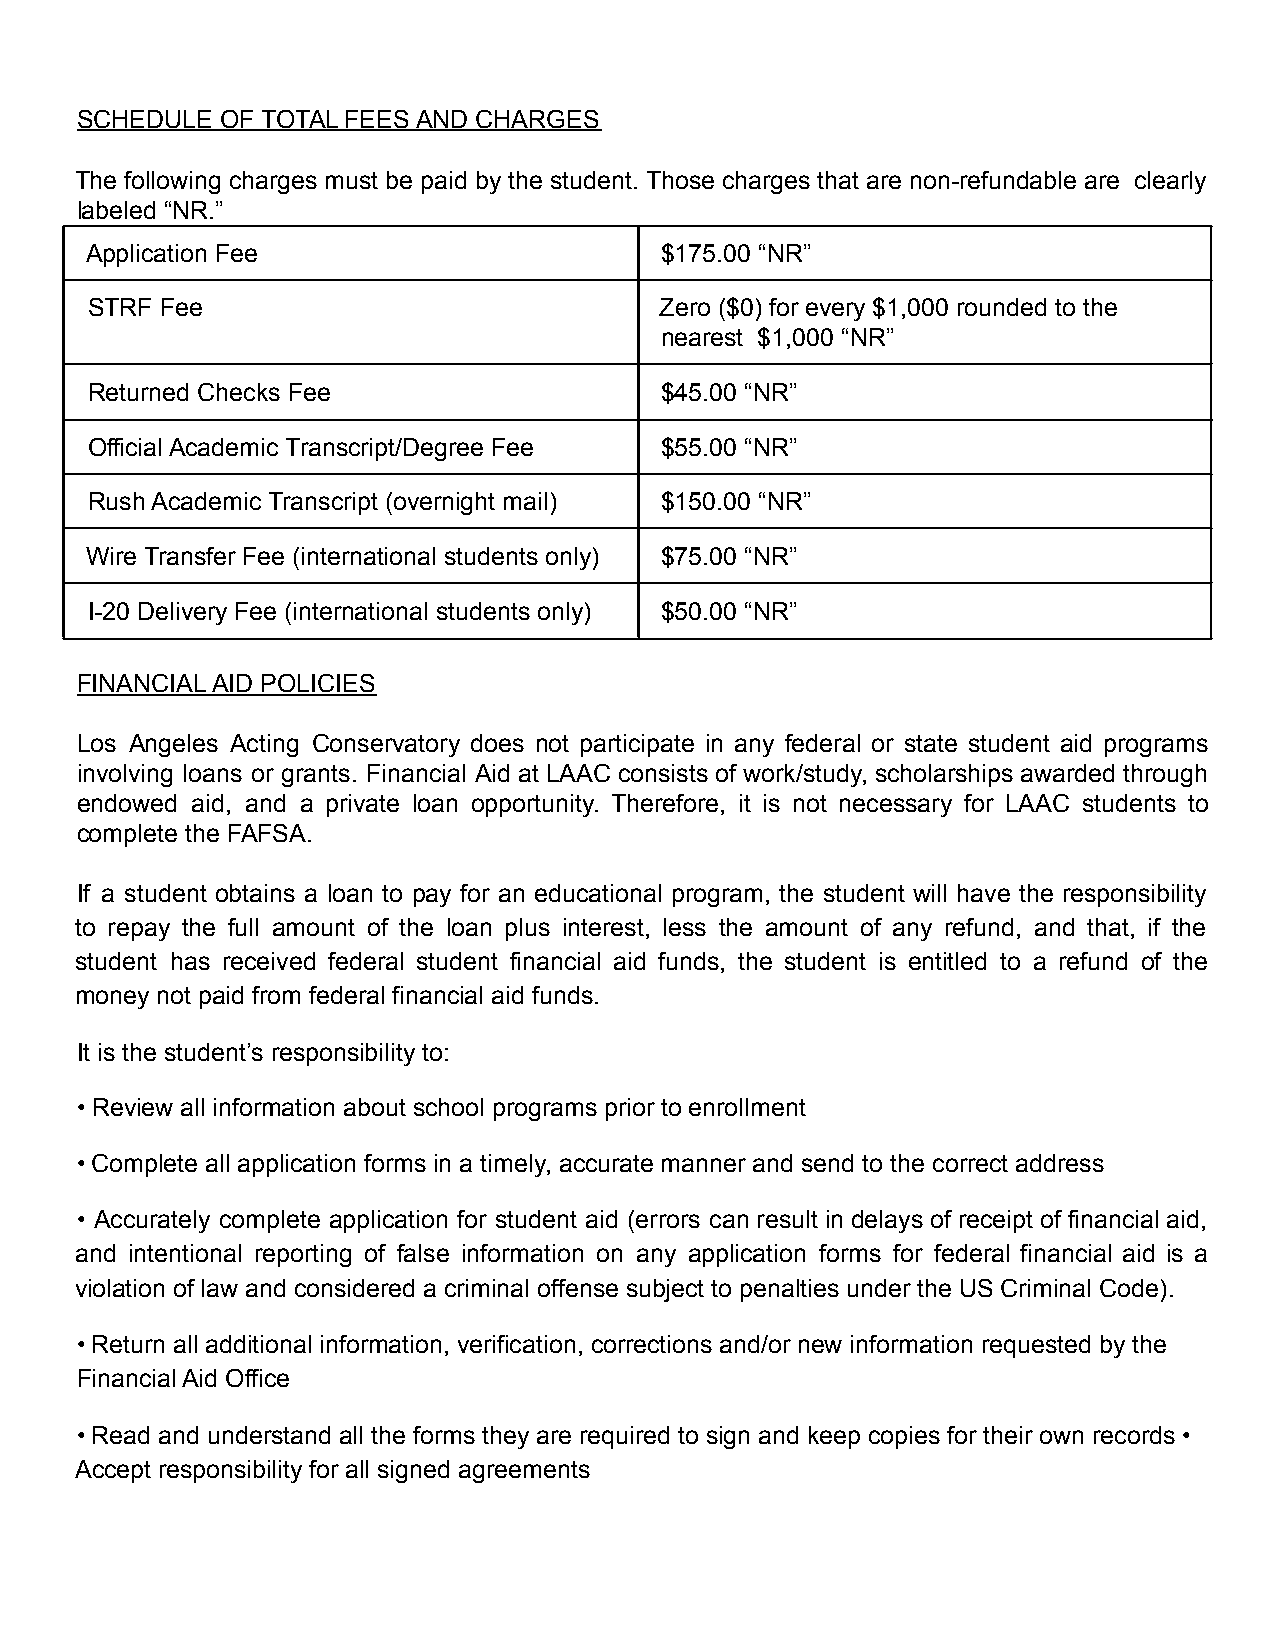
SCHEDULE  OF TOTAL FEES AND CHARGES
 The following charges must be paid by the student. Those charges that are non-refundable are clearly
 labeled “NR.”
 Application Fee                       $175.00 “NR”
 STRF Fee                              Zero ($0) for every $1,000 rounded to the
 nearest $1,000 “NR”
 Returned Checks Fee                   $45.00 “NR”
 Official Academic Transcript/Degree Fee $55.00 “NR”
 Rush Academic Transcript (overnight mail) $150.00 “NR”
 Wire Transfer Fee (international students only) $75.00 “NR”
 I-20 Delivery Fee (international students only) $50.00 “NR”
 FINANCIAL AID POLICIES
 Los Angeles Acting Conservatory does not participate in any federal or state student aid programs
 involving loans or grants. Financial Aid at LAAC consists of work/study, scholarships awarded through
 endowed aid, and a private loan opportunity. Therefore, it is not necessary for LAAC students to
 complete the FAFSA.
 If a student obtains a loan to pay for an educational program, the student will have the responsibility
 to repay the full amount of the loan plus interest, less the amount of any refund, and that, if the
 student has received federal student financial aid funds, the student is entitled to a refund of the
 money not paid from federal financial aid funds.
 It is the student’s responsibility to:
 • Review all information about school programs prior to enrollment
 • Complete all application forms in a timely, accurate manner and send to the correct address
 • Accurately complete application for student aid (errors can result in delays of receipt of financial aid,
 and intentional reporting of false information on any application forms for federal financial aid is a
 violation of law and considered a criminal offense subject to penalties under the US Criminal Code).
 • Return all additional information, verification, corrections and/or new information requested by the
 Financial Aid Office
 • Read and understand all the forms they are required to sign and keep copies for their own records •
 Accept responsibility for all signed agreements